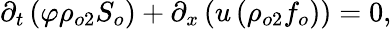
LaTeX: \begin{array}{r}{\partial_{t}\left(\varphi\rho_{o2}S_{o}\right)+\partial_{x}\left(u\left(\rho_{o2}f_{o}\right)\right)=0,}\end{array}